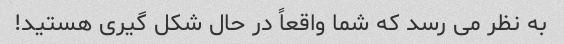
به نظر می رسد که شما واقعاً در حال شکل گیری هستید!